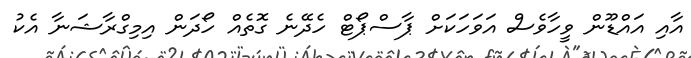
އާއި އައްޑޫން ވީހާވެސް އަވަހަކަށް ޕާސްޕޯޓް ހެދޭނެ ގޮތެއް ހޯދަން އިމިގްރާޝަނާ އެކު